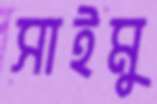
সাইমু